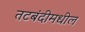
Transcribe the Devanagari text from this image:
तटबंदीमधील